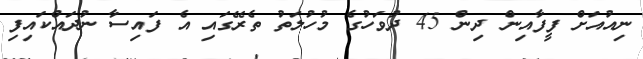
ނިއުއަށް ފީފާއިން ދިން 45 ދުވަހުގެ މުހުލަތު ތެރޭގައި އެ ފައިސާ ނުދައްކައިފި